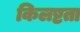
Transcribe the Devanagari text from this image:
किलष्टता